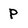
Character: P